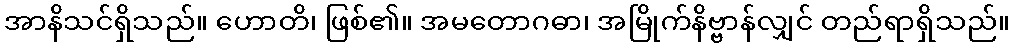
အာနိသင်ရှိသည်။ ဟောတိ၊ ဖြစ်၏။ အမတောဂဓာ၊ အမြိုက်နိဗ္ဗာန်လျှင် တည်ရာရှိသည်။